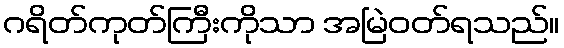
ဂရိတ်ကုတ်ကြီးကိုသာ အမြဲဝတ်ရသည်။